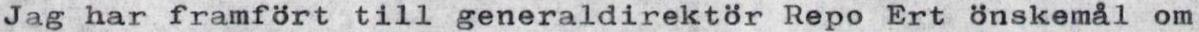
Jag har framfört till generaldirektör Repo Ert önskemål om